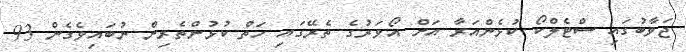
ޖަވާބުގައި ސްޓެލްކޯ ކުޅެންއަރާ އަށް އޯވަރުގެ ތެރޭގައި ހަތް ކުޅުންތެރިން ނުބައިވެގެން 93